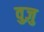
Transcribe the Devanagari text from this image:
वुज़ु